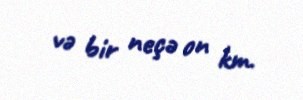
və bir neçə on km.